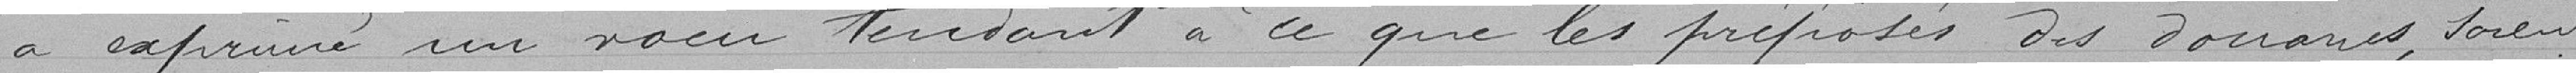
a exprimé un vœu tendant à ce que les préposés des douanes, soient